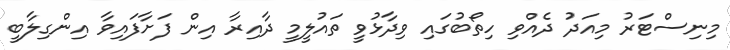
މިނިސްޓަރު މިއަދު ދެއްވި ހިތޯބުގައި ވިދާޅުވީ ތައުލީމީ ދާއިރާ އިން ފަށާފައިވާ އިންގިލާބީ